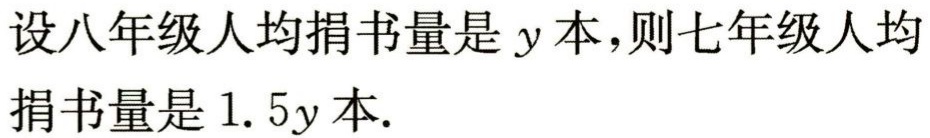
设八年级人均捐书量是\(y\)本,则七年级人均

捐书量是\(1.5y\)本.